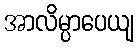
အာလိမ္ပာပေယျ